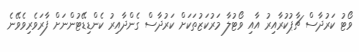
ވޯޓު ކަރުދާސް ޗާޕުކުރާއިރު އާއި ވޯޓުލާ މަރުކަޒުތަކަށް ކަރުދާސް ގެންދާއިރު ކެންޑިޑޭޓުންނަށް ފާރަވެރިވެވޭނެ